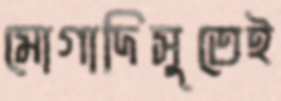
মোগাদিসুতেই